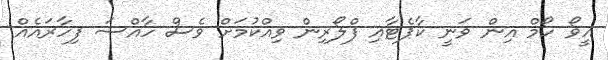
އީވޯ ހޯމް އިން ވަނީ ކާޕެޓާއި ފްލޯރިން ވިއްކުމަށް ވެސް ހާއްސަ ފިހާރައެއް